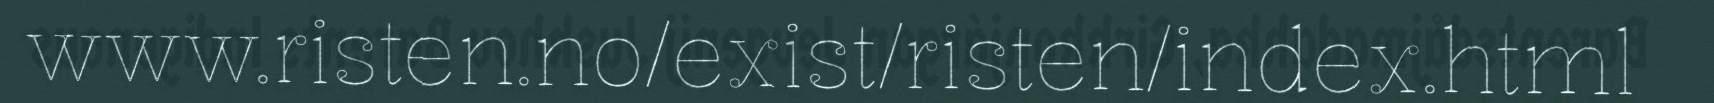
www.risten.no/exist/risten/index.html